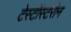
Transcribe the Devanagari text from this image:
टेस्टॉस्टेरोन